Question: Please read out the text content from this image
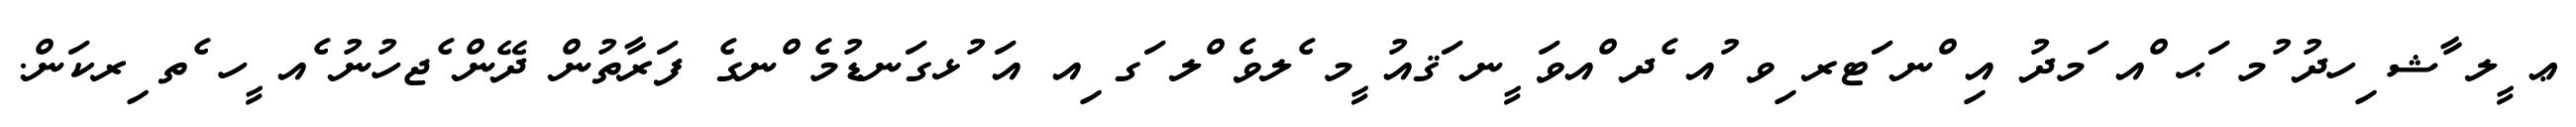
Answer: ޢ ީލ ާޝ ިހދު ުމ ަޙ ްއ ަމދު އި ްނ ަޓރ ިވ ުއ ެދ ްއވަ ީނ ަޤއު ީމ ެލވެ ްލ ަގ ިއ އަ ުޅގަނޑުމެ ްނގެ ފަރާތުން ދޭން ެޖހުނު ެއ ީހ ެތ ިރކަން.